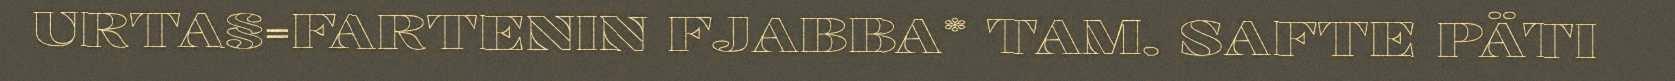
URTA§=FARTENIN FJABBA* TAM. SAFTE PÄTI